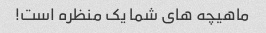
ماهیچه های شما یک منظره است!